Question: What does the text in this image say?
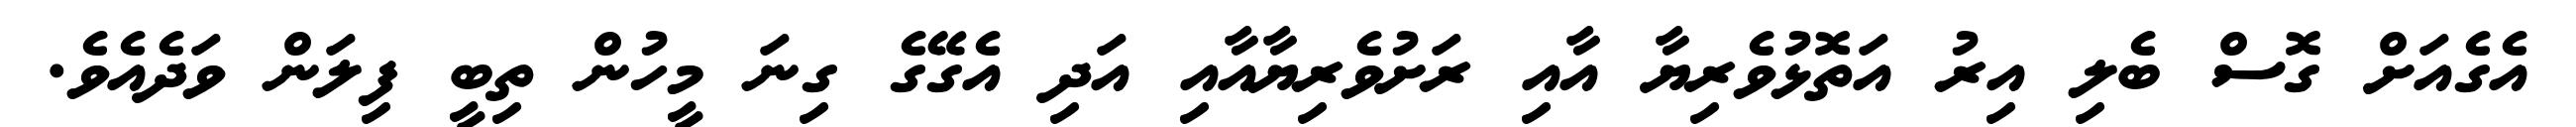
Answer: އެގެއަށް ގޮސް ބެލި އިރު އަތޮޅުވެރިޔާ އާއި ރަށުވެރިޔާއާއި އަދި އެގޭގެ ގިނަ މީހުން ތިބީ ފިލަން ވަދެއެވެ.